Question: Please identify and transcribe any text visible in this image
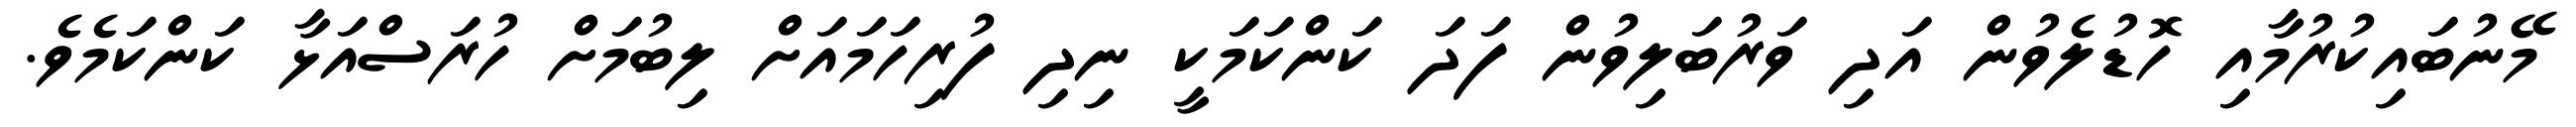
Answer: މޭނުބައިކުރުމާއި ހޮޑުލެވުން އަދި ވަރުބަލިވުން ފަދަ ކަންކަމަކީ ނިދި ފުރިހަމައަށް ލިބުމަށް ހުރަސްއަޅާ ކަންކަމެވެ.